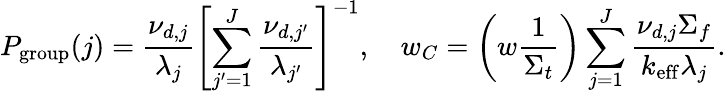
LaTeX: P_{\mathrm{group}}(j)=\frac{\nu_{d,j}}{\lambda_{j}}\left[\sum_{j^{\prime}=1}^{J}\frac{\nu_{d,j^{\prime}}}{\lambda_{j^{\prime}}}\right]^{-1},\quad w_{C}=\left(w\frac{1}{\Sigma_{t}}\right)\sum_{j=1}^{J}\frac{\nu_{d,j}\Sigma_{f}}{k_{\mathrm{eff}}\lambda_{j}}.